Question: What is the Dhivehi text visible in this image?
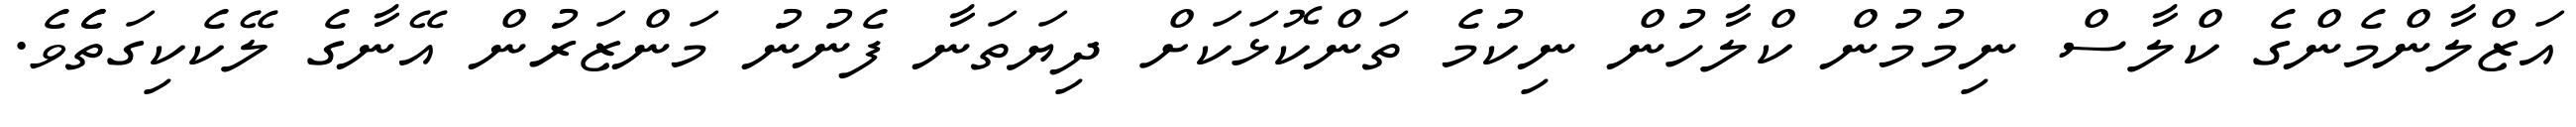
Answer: އަޒްލާންމެންގެ ކްލާސް ނިމުމުން ކްލާހުން ނިކުމެ ތަންކޮޅަކަށް ދިޔަތަނާ ފެނުނު މަންޒަރުން އޭނާގެ ލޭކެކިގަތެެވެ.